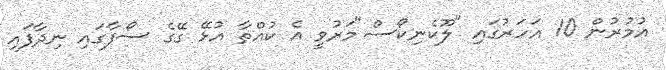
އުމުރުން 10 އަހަރުގައި "ލޫކެނިކޯސް"މަރުވީ އެ ކުއްތާ އުޅޭ ގޭގެ ސޯފާގައި ނިދާފައި